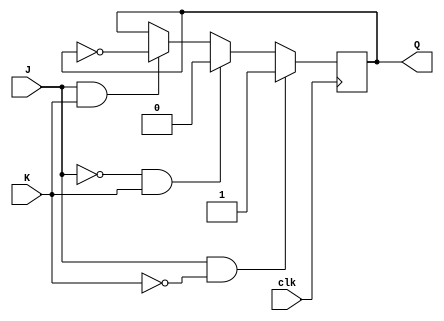
module jk_ff (
  input J,
  input K,
  input clk,
  output reg Q
);

always @(posedge clk) begin
  if (J & ~K) begin
    Q <= 1;
  end else if (~J & K) begin
    Q <= 0;
  end else if (J & K) begin
    Q <= ~Q;
  end
end

endmodule